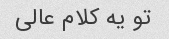
تو یه کلام عالی